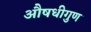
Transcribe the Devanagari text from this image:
औषधीगुण